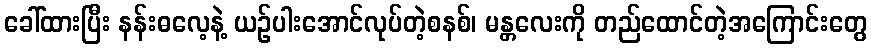
ခေါ်ထားပြီး နန်းဓလေ့နဲ့ ယဉ်ပါးအောင်လုပ်တဲ့စနစ်၊ မန္တလေးကို တည်ထောင်တဲ့အကြောင်းတွေ